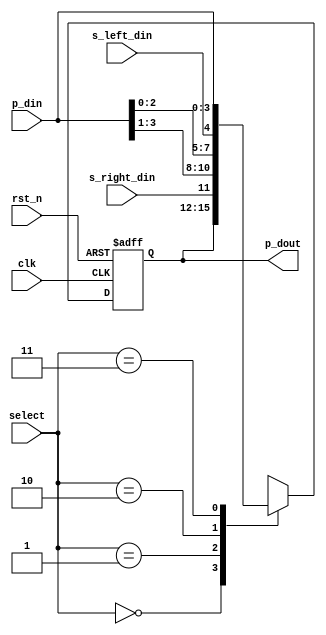
module universal_shift_register (clk,rst_n,select,p_din,s_left_din,s_right_din,p_dout);

input            clk;
input            rst_n;  
input      [1:0] select;
input      [3:0] p_din;        // parallel data in 
input            s_left_din;   // serial left data in
input            s_right_din;  // serial right data in

output reg [3:0] p_dout;       // parallel data out 

parameter no_chane     = 2'b00;
parameter shift_right  = 2'b01;
parameter shift_left  = 2'b10;
parameter parallel_out = 2'b11;

always @(posedge clk, negedge rst_n)
begin
    if (~rst_n)
    begin
        p_dout <= 4'b0;
    end
    else
    begin
        case(select)
            no_chane     : p_dout <= p_dout;
            shift_right  : p_dout <= {s_right_din,p_din[3:1]};
            shift_left   : p_dout <= {p_din[2:0],s_left_din};
            parallel_out : p_dout <= p_din;
            default      : p_dout <= p_dout;
        endcase
    end
end

endmodule